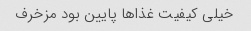
خیلی کیفیت غذاها پایین بود مزخرف